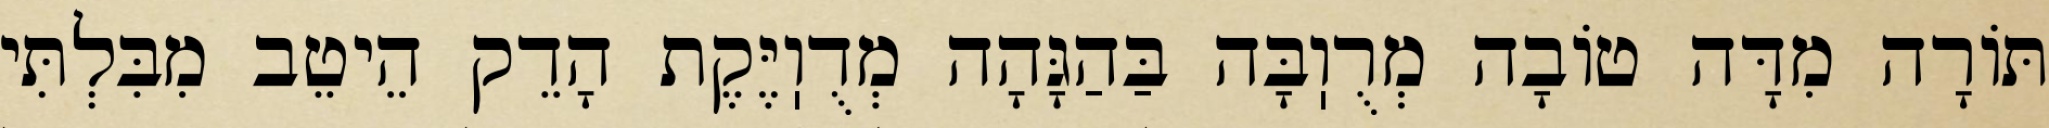
תּוֹרָה מִדָּה טוֹבָה מְרֻוֽבָּה בַּהַגָּהָה מְדֻוֽיֶּקֶת הָדֵק הֵיטֵב מִבִּלְתִּי